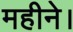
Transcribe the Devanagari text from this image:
महीने।